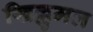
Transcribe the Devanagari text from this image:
खिल्लुमल